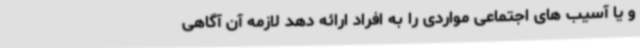
و یا آسیب های اجتماعی مواردی را به افراد ارائه دهد لازمه آن آگاهی